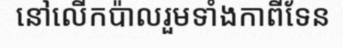
នៅលើកប៉ាលរួមទាំងកាពីទែន